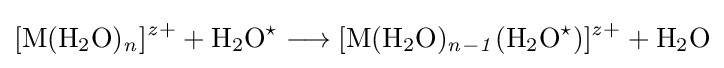
{\ce {[M(H2O)_{\mathit {n}}]^{\mathit {z}}+}}+{\ce {H2O^{\star }}}\longrightarrow {\ce {[M(H2O)_{\mathit {n-1}}(H2O^{\star })]^{\mathit {z}}+}}+{\ce {H2O}}